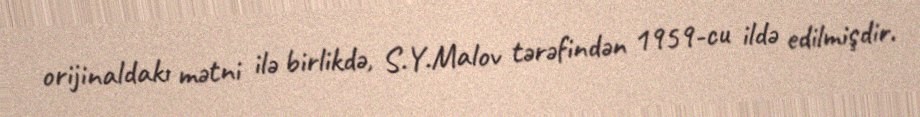
orijinaldakı mətni ilə birlikdə, S.Y.Malov tərəfindən 1959-cu ildə edilmişdir.